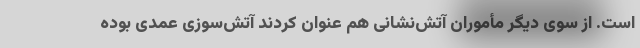
است. از سوی دیگر مأموران آتش‌نشانی هم عنوان کردند آتش‌سوزی عمدی بوده